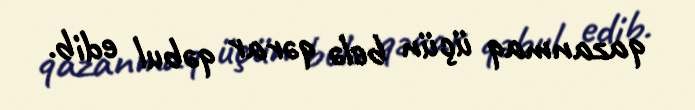
qazanmaq üçün belə qərar qəbul edib.